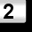
Digit: 2